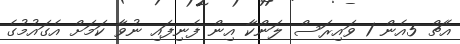
އެޗް 5އެން 1 ވައިރަސް ލަންކާ އިން ފެނިފައި ނުވާ ކަމަށް އެގައުމުގެ